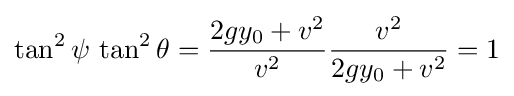
\tan ^{2}\psi \,\tan ^{2}\theta ={\frac {2gy_{0}+v^{2}}{v^{2}}}{\frac {v^{2}}{2gy_{0}+v^{2}}}=1